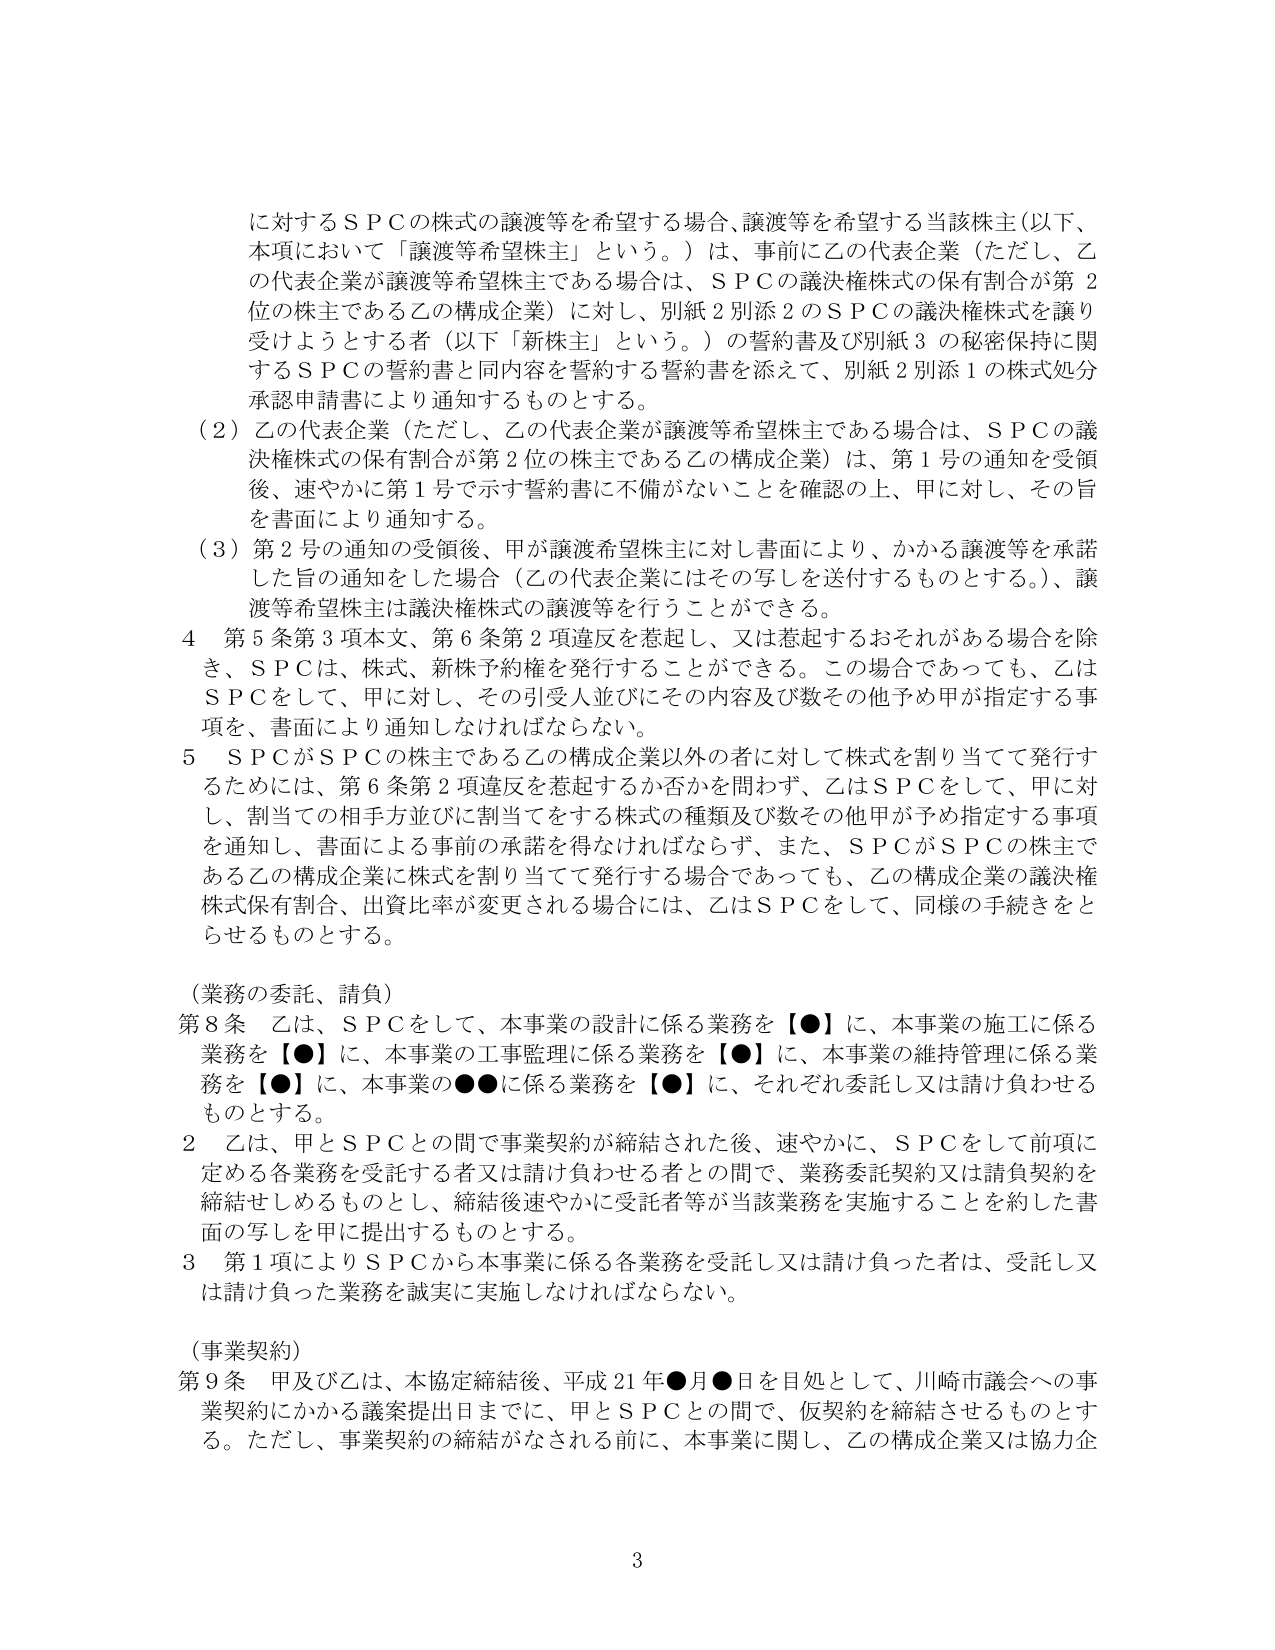
に対するＳＰＣの株式の譲渡等を希望する場合、譲渡等を希望する当該株主（以下、本項において「譲渡等希望株主」という。）は、事前に乙の代表企業（ただし、乙の代表企業が譲渡等希望株主である場合は、ＳＰＣの議決権株式の保有割合が第２位の株主である乙の構成企業）に対し、別紙２別添２のＳＰＣの議決権株式を譲り受けようとする者（以下「新株主」という。）の誓約書及び別紙３の秘密保持に関するＳＰＣの誓約書と同内容を誓約する誓約書を添えて、別紙２別添１の株式処分承認申請書により通知するものとする。

（２）乙の代表企業（ただし、乙の代表企業が譲渡等希望株主である場合は、ＳＰＣの議決権株式の保有割合が第２位の株主である乙の構成企業）は、第１号の通知を受領後、速やかに第１号で示す誓約書に不備がないことを確認の上、甲に対し、その旨を書面により通知する。

（３）第２号の通知の受領後、甲が譲渡希望株主に対し書面により、かかる譲渡等を承諾した旨の通知をした場合（乙の代表企業にはその写しを送付するものとする。）、譲渡等希望株主は議決権株式の譲渡等を行うことができる。

４ 第５条第３項本文、第６条第２項違反を惹起し、又は惹起するおそれがある場合を除き、ＳＰＣは、株式、新株予約権を発行することができる。この場合であっても、乙はＳＰＣをして、甲に対し、その引受人並びにその内容及び数その他甲が指定する事項を、書面により通知しなければならない。

５ ＳＰＣがＳＰＣの株主である乙の構成企業以外の者に対して株式を割り当てて発行するためには、第６条第２項違反を惹起するか否かを問わず、乙はＳＰＣをして、甲に対し、割当ての相手方並びに割当てをする株式の種類及び数その他甲が予め指定する事項を通知し、書面による事前の承諾を得なければならない。また、ＳＰＣがＳＰＣの株主である乙の構成企業に株式を割り当てて発行する場合であっても、乙の構成企業の議決権株式保有割合、出資比率が変更される場合には、乙はＳＰＣをして、同様の手続きをとらせるものとする。

（業務の委託、請負）

第８条 乙は、ＳＰＣをして、本事業の設計に係る業務を【●】に、本事業の施工に係る業務を【●】に、本事業の工事監理に係る業務を【●】に、本事業の維持管理に係る業務を【●】に、本事業の●●に係る業務を【●】に、それぞれ委託し又は請け負わせるものとする。

２ 乙は、甲とＳＰＣとの間で事業契約が締結された後、速やかに、ＳＰＣをして前項に定める各業務を受託する者又は請け負わせる者との間で、業務委託契約又は請負契約を締結せしめるものとし、締結後速やかに受託者等が当該業務を実施することを約した書面の写しを甲に提出するものとする。

３ 第１項によりＳＰＣから本事業に係る各業務を受託し又は請け負った者は、受託し又は請け負った業務を誠実に実施しなければならない。

（事業契約）

第９条 甲及び乙は、本協定締結後、平成21年●月●日を目処として、川崎市議会への事業契約にかかる議案提出日までに、甲とＳＰＣとの間で、仮契約を締結させるものとする。ただし、事業契約の締結がなされる前に、本事業に関し、乙の構成企業又は協力企

3